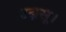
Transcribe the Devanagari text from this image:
उदासू।